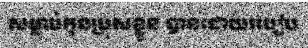
សម្លាប់កូនប្រុសខ្លួន បានដោយរបៀប